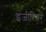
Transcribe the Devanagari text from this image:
इंजीरियर